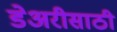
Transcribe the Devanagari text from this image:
डेअरीसाठी